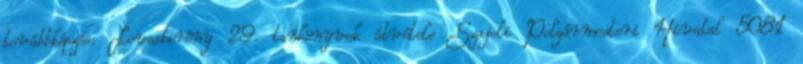
továbbképzés: Lovasberény 29. tankönyvek átvétele Szajoli Polgármesteri Hivatal 5081